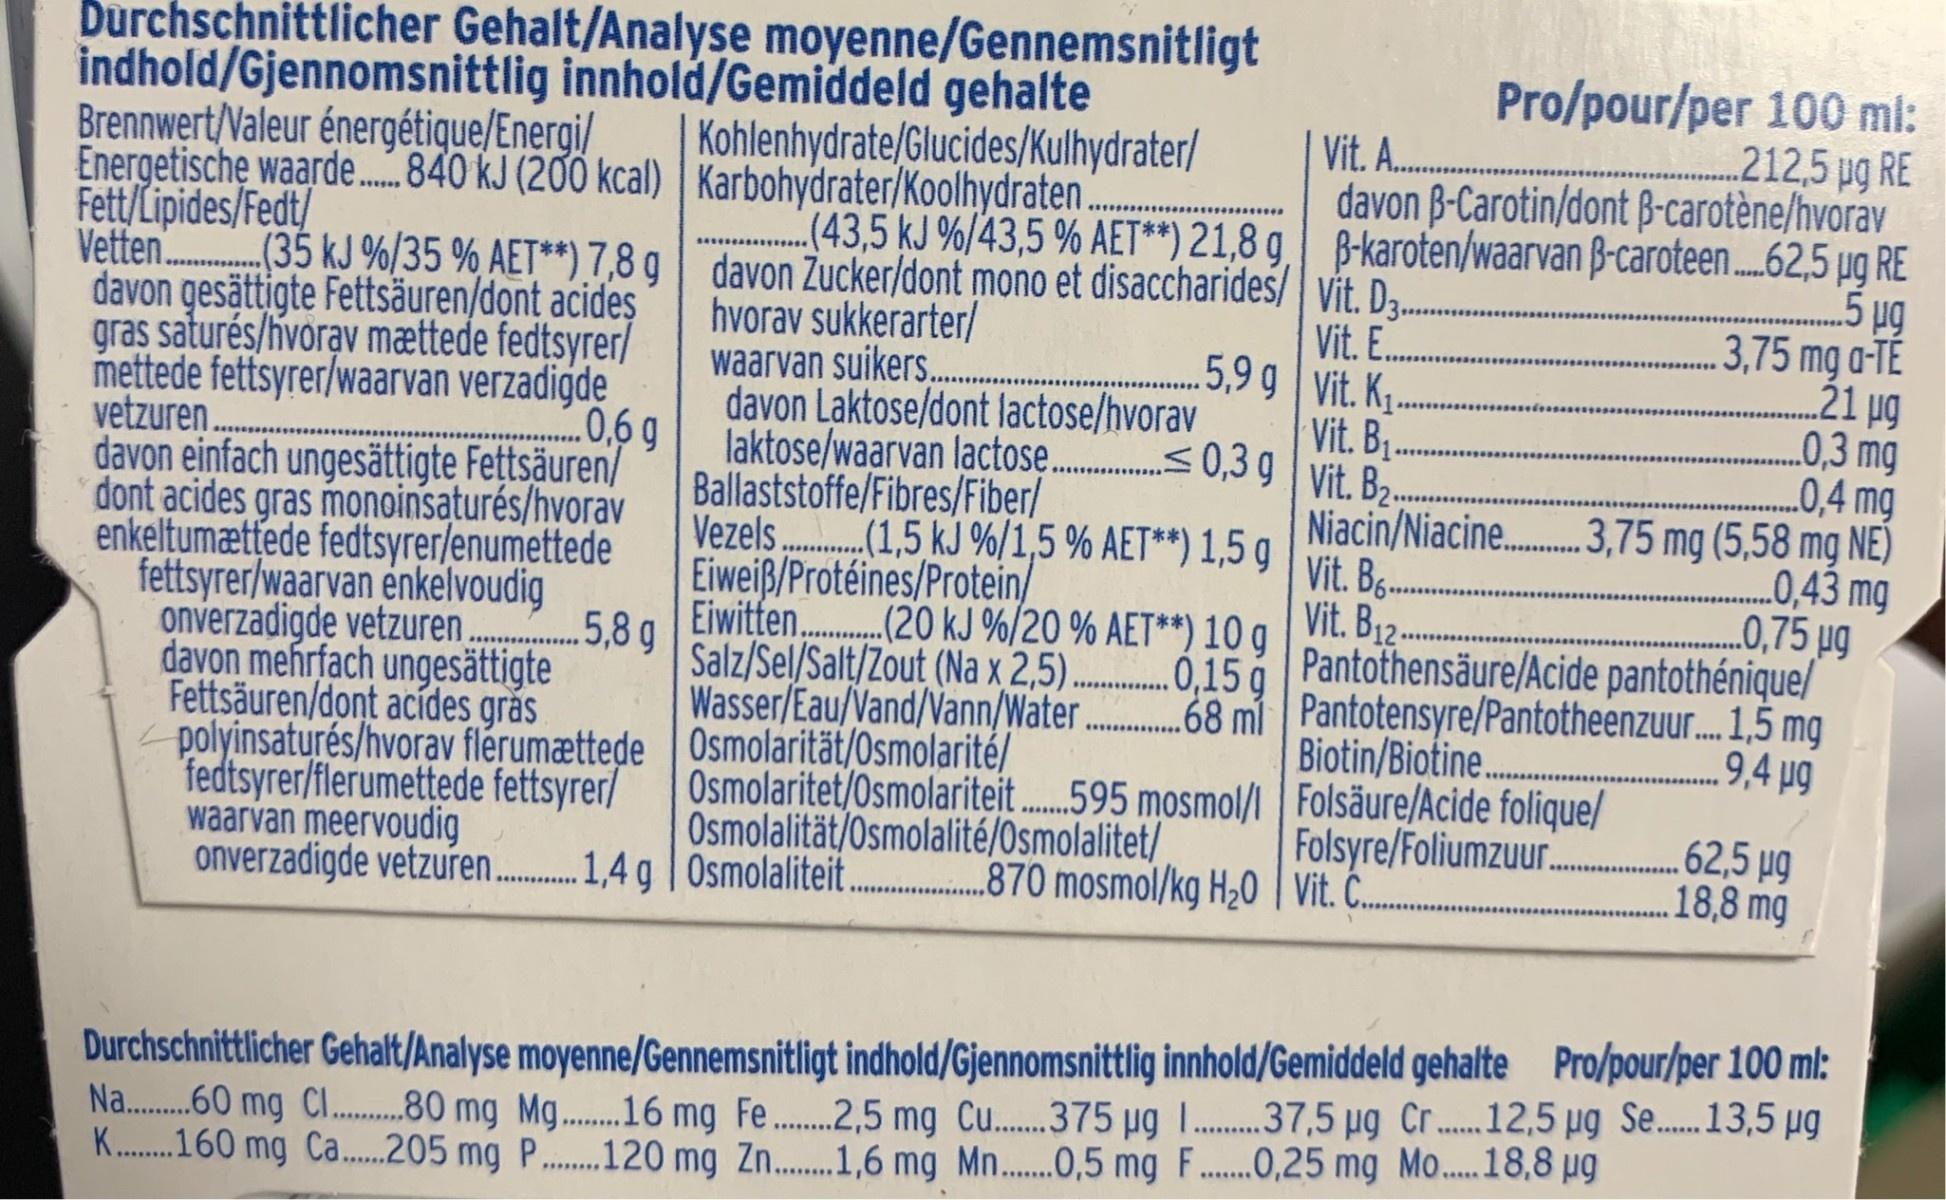
Durchschnittlicher Gehalt/Analyse moyenne/Gennemsnitligt indhold/Gjennomsnittlig innhold/Gemiddeld gehalte Brennwert/Valeur énergétique/Energi/ Energetische waarde. .840 kJ (200 kcal) | Karbohydrater/Koolhydraten . Fett/Lipides/Fedt/ Vetten.( davon gesättigte Fettsäuren/dont acides gras saturés/hvorav mættede fedtsyrer/ mettede fettsyrer/waarvan verzadigde vetzuren. davon einfach ungesättigte Fettsäuren/ dont acides gras monoinsaturés/hvorav enkeltumættede fedtsyrer/enumettede fettsyrer/waarvan enkelvoudig onverzadigde vetzuren. davon mehrfach ungesättigte Fettsäuren/dont acídes grăs polyinsaturés/hvorav flérumættede Osmolarität/0smolarité/ fedtsyrer/flerumettede fettsyrer/ waarvan meervoudig onverzadigde vetzuren.1,4g |Osmolaliteit.. Pro/pour/per 100 ml: 212,5 pg RE davon B-Carotin/dont B-carotène/hvorav Vit. A. Kohlenhydrate/Glucides/Kulhydrater/ (43,5 kJ %/43,5 % AET**) 21,8 g B-karoten/waarvan B-caroteen.62,5 µg RE davon Zucker/dont mono et disaccharides/ Vit. D3. hvorav sukkerarter/ waarvan suikers.. davon Laktose/dont lactose/hvorav (35kJ %/35 % AET**) 7,8 g | 5 μg .3,75 mg a-TE 21 ug 0,3 mg _0,4 mg Niacin/Niacine.. 3,75 mg (5,58 mg NE) „0,43 mg „0,75 µg Pantothensäure/Acide pantothénique/ 68 mí Pantotensyre/Pantotheenzur. 1,5 mg .. 9,4 µg Vit. E. .5,9 g Vit. K1 Vit. BỊ .0.6g laktose/waarvan lactosę.< 0,3 g | Vit. B. Ballaststoffe/Fibres/Fiber/ Vezels . (1,5 kJ %/1,5 % AET**) 1,5 g Eiweiß/Protéines/Protein/ Eiwitten. (20 kJ %/20 % AET**) 10 g Vit. Bs.. Vit. B12- .5,8g Salz/Sel/Salt/Zout (Na x 2,5)...0,15 g Wasser/Eau/Vand/Vann/Water . Biotin/Biotine. Osmolaritet/Osmolariteit. 595 mosmol/l Folsäure/Acide folique/ Osmolalität/Osmolalité/Osmolalitet/ .62,5 µg .18,8 mg Folsyre/Foliumzuur. 870 mosmol/kg H20 | Vit. . Durchschnittlicher Gehalt/Analyse moyenne/Gennemsnitligt indhold/Gjennomsnittlig innhold/Gemiddeld gehalte Pro/pour/per 100 ml: Na.60 mg C..80 mg Mg.. 16 mg Fe..2,5 mg Cu.375 ug 1 .37,5 µg Cr... 12,5 µg Se... 13,5 µg K. 160 mg Ca...205 mg P.. 120 mg Zn..1,6 mg Mn.,5 mg F...0,25 mg Mo... 18,8 µg ......